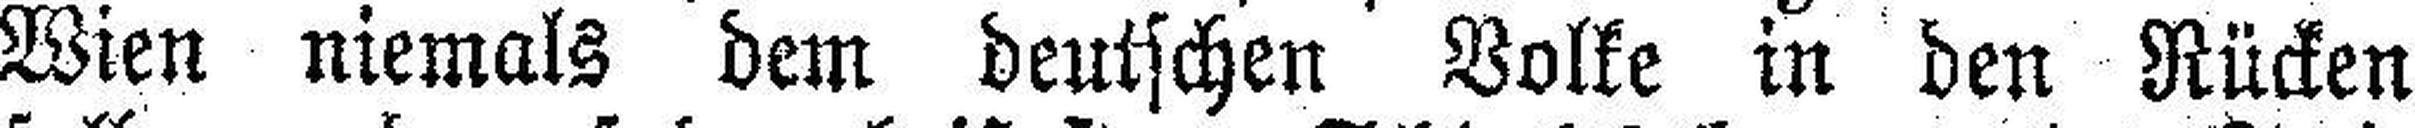
Wien niemals dem deutschen Volke in den Rücken